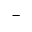
^ { - }